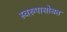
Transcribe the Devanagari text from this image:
स्वरुपासोबत